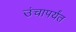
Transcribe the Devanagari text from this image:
उंचापर्यंत